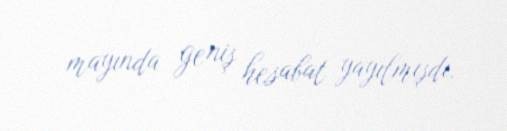
mayında geniş hesabat yayılmışdı.